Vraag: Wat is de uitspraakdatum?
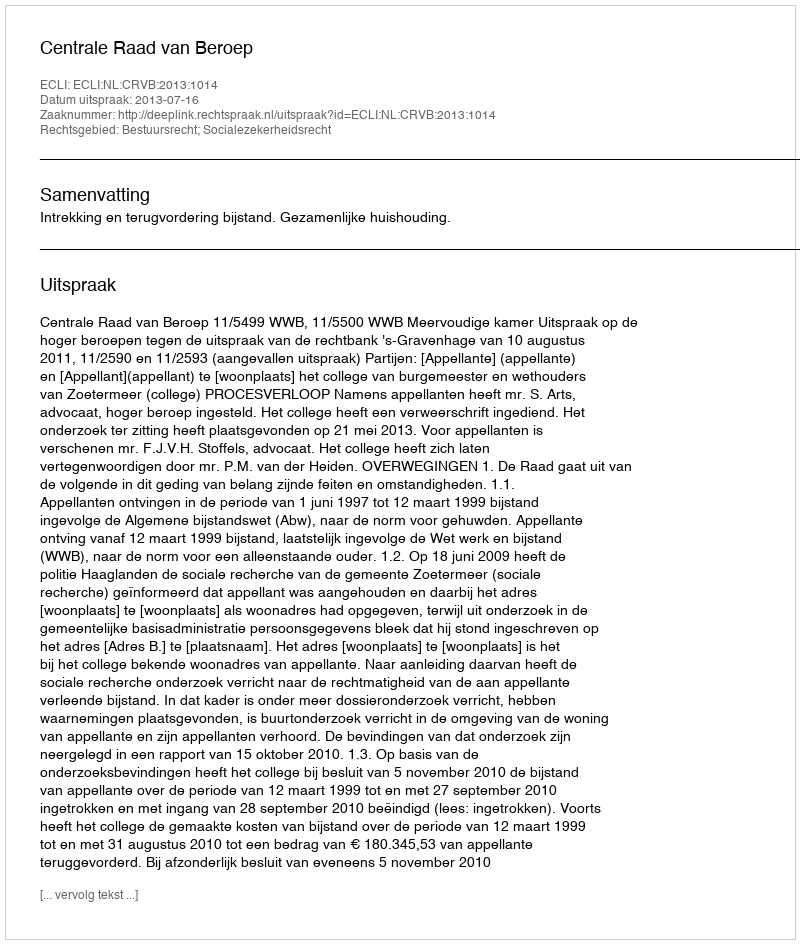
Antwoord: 2013-07-16